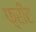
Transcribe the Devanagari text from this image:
फ़्रीट